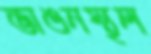
ভাঙনস্থল